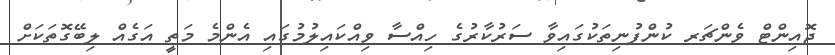
ޖޮއިންޓް ވެންޗަރ ކުންފުނިތަކުގައިވާ ސަރުކާރުގެ ހިއްސާ ވިއްކައިލުމުގައި އެންމެ މަތީ އަގެއް ލިބޭގޮތަކަށް